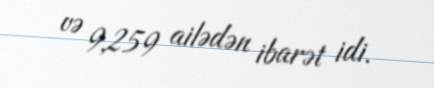
və 9,259 ailədən ibarət idi.